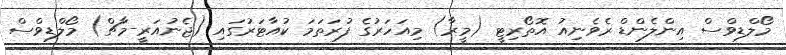
މޯލްޑިވްސް އިންލެންޑް ރެވެނިއު އޮތޯރިޓީ (މީރާ) މިއަހަރުގެ ފުރަތަމަ ކުއާޓަރުގައި (ޖެނުއަރީ-މާޗް) މޯލްޑިވްސް